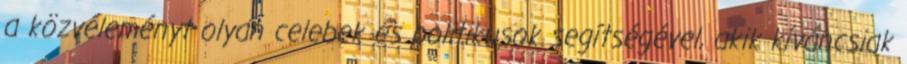
a közvéleményt olyan celebek és politikusok segítségével, akik kíváncsiak